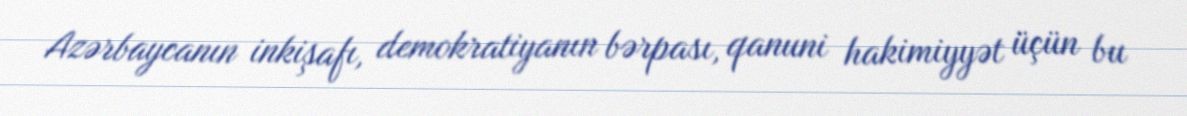
Azərbaycanın inkişafı, demokratiyanın bərpası, qanuni hakimiyyət üçün bu